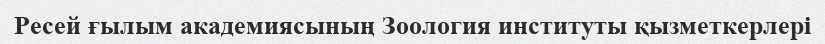
Ресей ғылым академиясының Зоология институты қызметкерлері